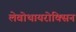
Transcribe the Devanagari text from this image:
लेवोथायरोक्सिन